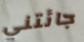
جائتني